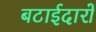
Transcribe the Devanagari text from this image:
बटाईदारों